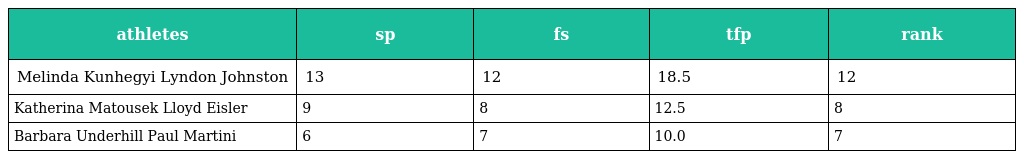
| athletes | sp | fs | tfp | rank |
 | --- | --- | --- | --- | --- |
 | Melinda Kunhegyi Lyndon Johnston | 13 | 12 | 18.5 | 12 |
 | Katherina Matousek Lloyd Eisler | 9 | 8 | 12.5 | 8 |
 | Barbara Underhill Paul Martini | 6 | 7 | 10.0 | 7 |